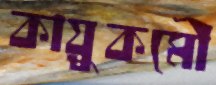
কায়ুকমৌ